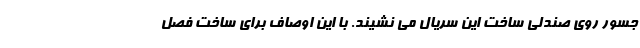
جسور روی صندلی ساخت این سریال می نشیند. با این اوصاف برای ساخت فصل